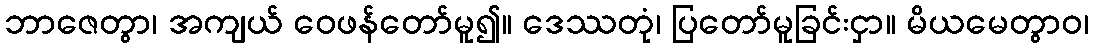
ဘာဇေတွာ၊ အကျယ် ဝေဖန်တော်မူ၍။ ဒေဿတုံ၊ ပြတော်မူခြင်းငှာ။ မိယမေတွာဝ၊